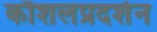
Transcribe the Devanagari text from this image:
कौशलप्रदर्शन